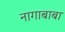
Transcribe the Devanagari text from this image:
नागाबाबा